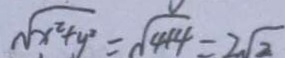
\sqrt { x ^ { 2 } + y ^ { 2 } } = \sqrt { 4 + 4 } = 2 \sqrt { 2 }